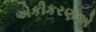
એકીકરણએ